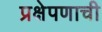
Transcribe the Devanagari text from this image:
प्रक्षेपणाची